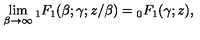
\lim _ { \beta \rightarrow \infty } { } _ { 1 } F _ { 1 } ( \beta ; \gamma ; z / \beta ) = { } _ { 0 } F _ { 1 } ( \gamma ; z ) ,